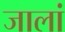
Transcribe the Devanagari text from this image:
जालां